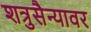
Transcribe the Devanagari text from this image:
शत्रुसैन्यावर